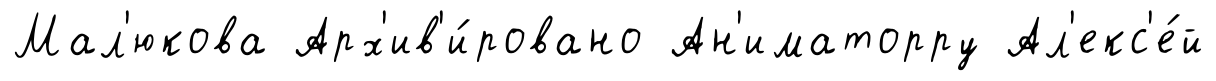
Мал'юкова Арх'ив'и́ровано Ан'иматорру Ал'екс'е́й